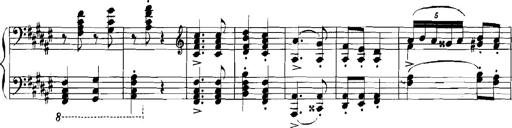
Title: Rhapsodies hongroises
Composer: Franz Liszt